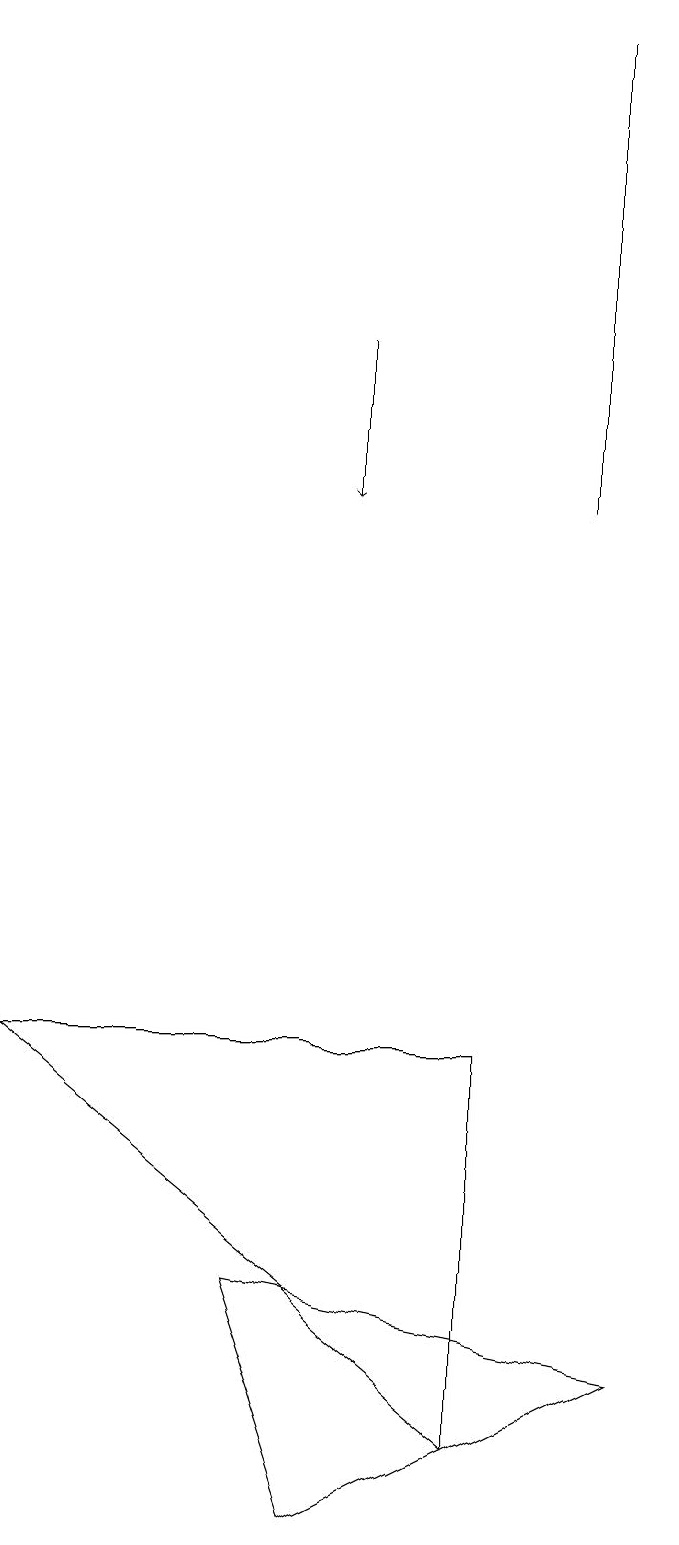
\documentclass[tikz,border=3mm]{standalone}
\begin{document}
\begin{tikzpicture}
\draw (7,13) rectangle (7,19);
\draw[->] (4,15) -- (4,13);
\draw (6,1) -- (6,6) -- (0,6) -- cycle;
\draw (3,3) -- (4,0) -- (8,2) -- cycle;
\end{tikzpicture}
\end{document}